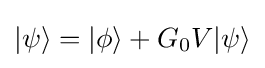
|\psi \rangle =|\phi \rangle +G_{0}V|\psi \rangle